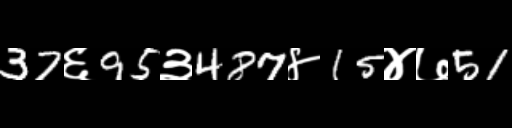
Text: 37६95३487४15४७51